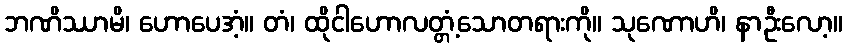
ဘဏိဿာမိ၊ ဟောပေအံ့။ တံ၊ ထိုငါဟောလတ္တံ့သောတရားကို။ သုဏောဟိ၊ နာဦးလော့။